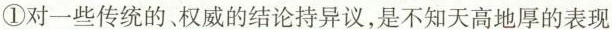
①对一些传统的、权威的结论持异议，是不知天高地厚的表现